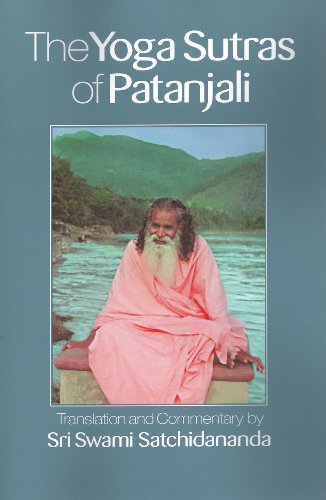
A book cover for The Yoga Sutras of Patanjali; Swami Satchidananda; Health, Fitness & Dieting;